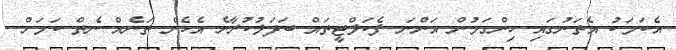
އެކަމަކު އެތަނުގައި ހިންގަމުން އަންނަ ފެކަލްޓީތައް ބަދަލުކުރާނެ އެހެން ތަނެއް ނެތް ކަމަށް